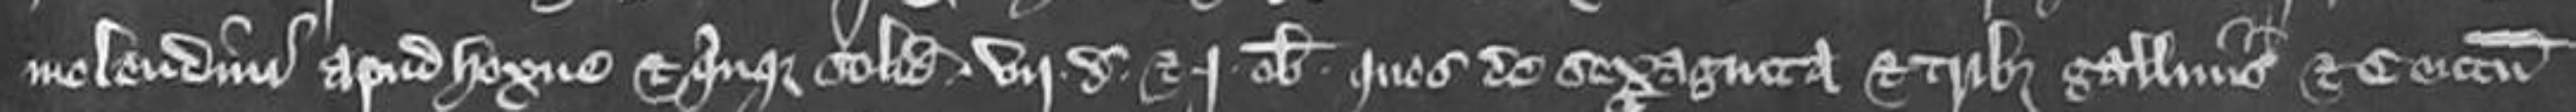
molendini apud Hoxne et quinque solidos vij denarios et j obolum quos de sexaginta et tribus gallinis et centum